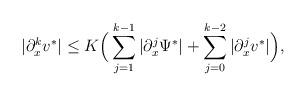
LaTeX: \begin{align*}|\partial_x^k v^*| \leq K \Big( \sum_{j=1}^{k-1} |\partial_x^j \Psi^*| + \sum_{j=0}^{k-2} |\partial_x^j v^*|\Big),\end{align*}